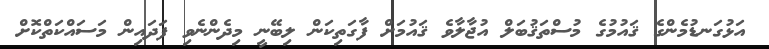
އަޅުގަނޑުމެންގެ ޤައުމުގެ މުސްތަޤުބަލް އުޖާލާވެ ޤައުމަށް ފާގަތިކަން ލިބޭނީ މިދެންނެވި ފަދައިން މަސައްކަތްކޮށް